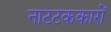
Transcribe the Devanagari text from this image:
नाटटककारों